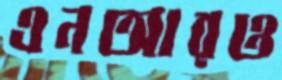
এনআরও